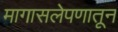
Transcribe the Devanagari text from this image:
मागासलेपणातून